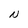
Character: N